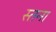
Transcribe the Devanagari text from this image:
स्तना